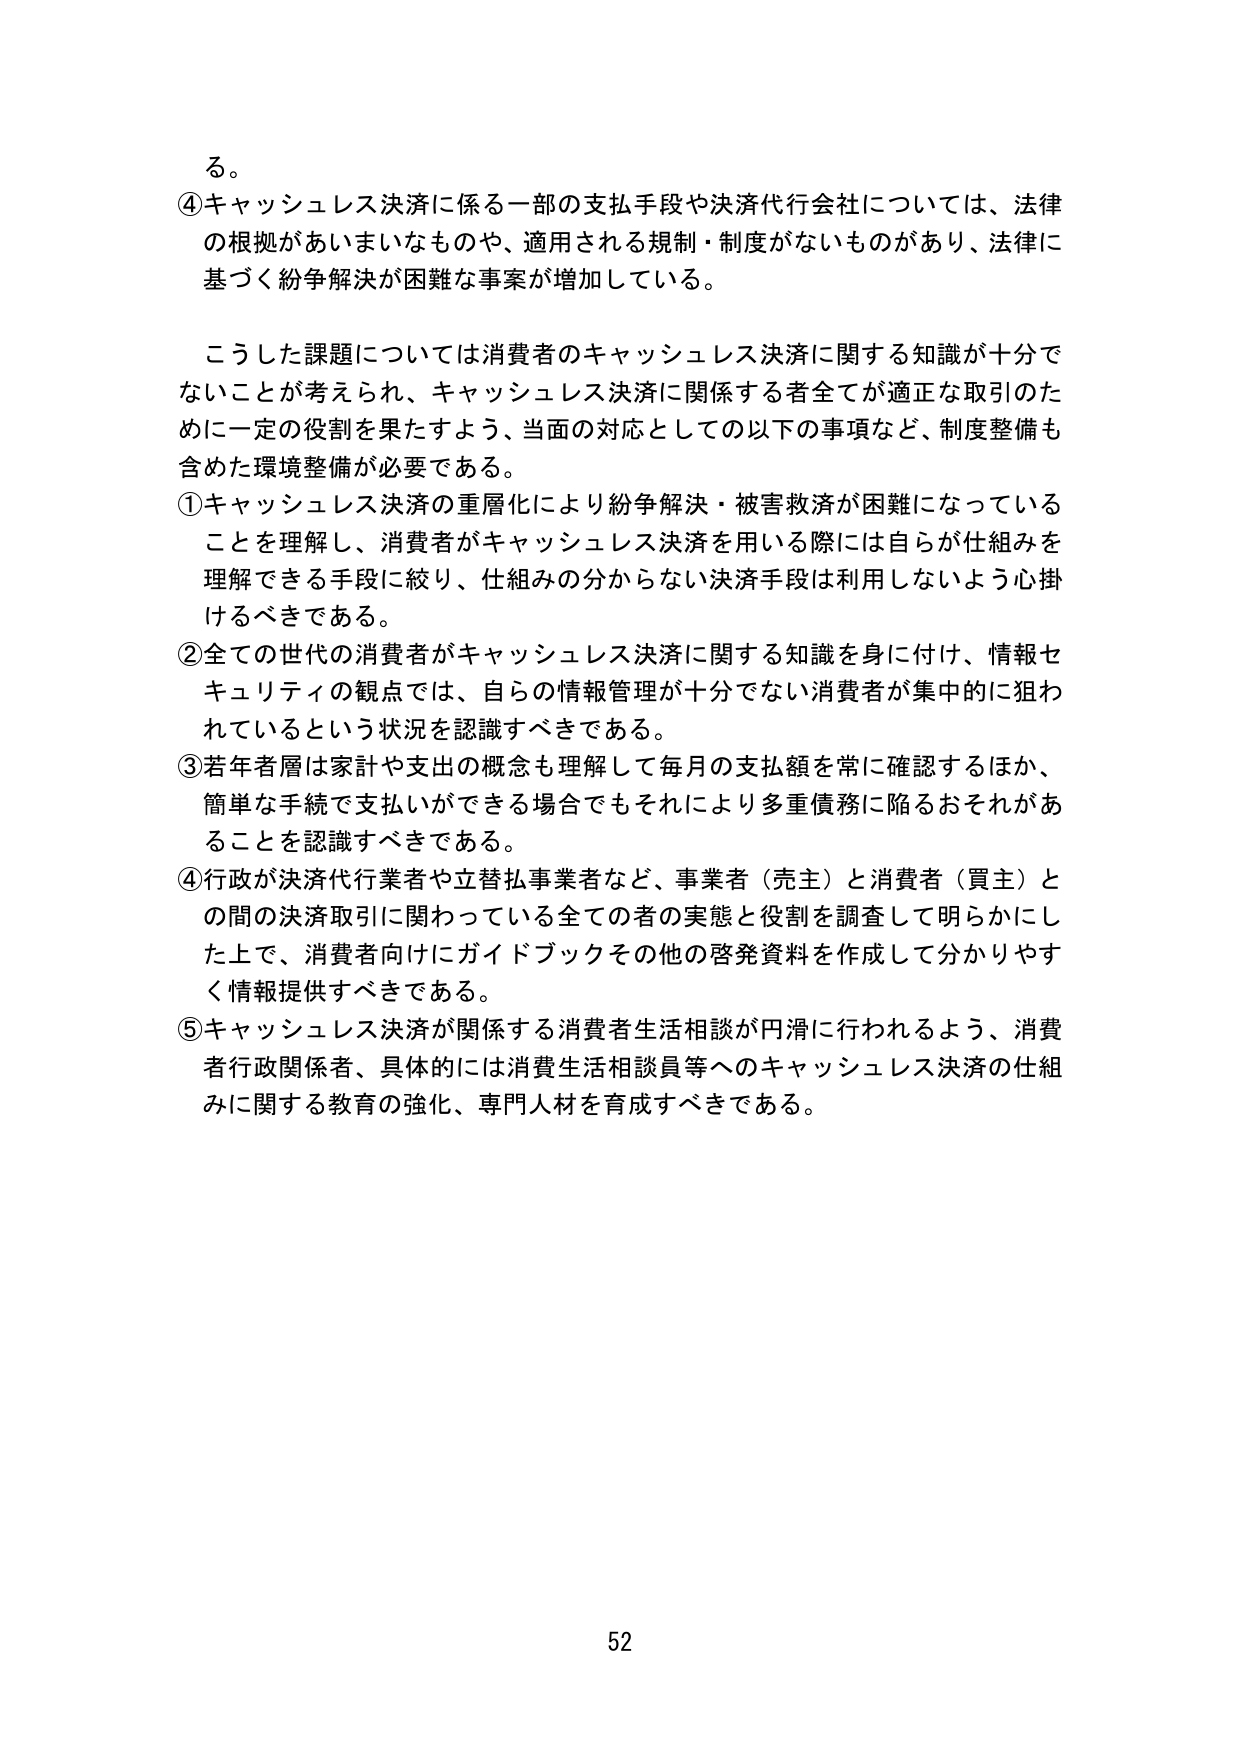
る。

④キャッシュレス決済に係る一部の支払手段や決済代行会社については、法律の根拠があいまいなものや、適用される規制・制度がないものがあり、法律に基づく紛争解決が困難な事案が増加している。

こうした課題については消費者のキャッシュレス決済に関する知識が十分でないことが考えられ、キャッシュレス決済に関係する者全てが適正な取引のために一定の役割を果たすよう、当面の対応としての以下の事項など、制度整備も含めた環境整備が必要である。

①キャッシュレス決済の重層化により紛争解決・被害救済が困難になっていることを理解し、消費者がキャッシュレス決済を用いる際には自らが仕組みを理解できる手段に絞り、仕組みの分からない決済手段は利用しないよう心掛けるべきである。

②全ての世代の消費者がキャッシュレス決済に関する知識を身に付け、情報セキュリティの観点では、自らの情報管理が十分でない消費者が集中的に狙われているという状況を認識すべきである。

③若年者層は家計や支出の概念も理解して毎月の支払額を常に確認するほか、簡単な手続で支払いができる場合でもそれにより多重債務に陥るおそれがあることを認識すべきである。

④行政が決済代行業者や立替払事業者など、事業者（売主）と消費者（買主）との間の決済取引に関わっている全ての者の実態と役割を調査して明らかにした上で、消費者向けにガイドブックその他の啓発資料を作成して分かりやすく情報提供すべきである。

⑤キャッシュレス決済が関係する消費者生活相談が円滑に行われるよう、消費者行政関係者、具体的には消費生活相談員等へのキャッシュレス決済の仕組みに関する教育の強化、専門人材を育成すべきである。

52